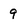
Character: 9